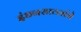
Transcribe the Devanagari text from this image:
इंधनसाठ्यांचे